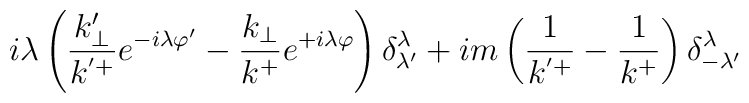
i\lambda\left(\frac{k'_{\perp}}{k^{'+}}e^{-i\lambda\varphi'}-\frac{k_{\perp}}{k^+}e^{+i\lambda\varphi}\right)\delta^{\lambda}_{\lambda'}+im\left(\frac{1}{k^{'+}}-\frac{1}{k^+}\right)\delta^{\lambda}_{-\lambda'}